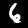
Digit: 6